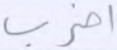
اضرب